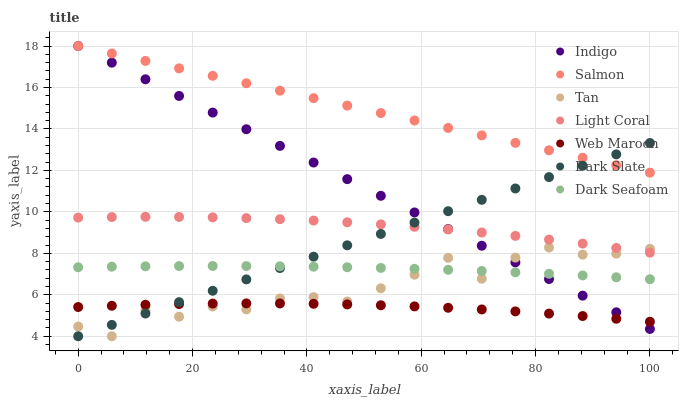
| xaxis_label | Indigo | Salmon | Tan | Light Coral | Web Maroon | Dark Slate | Dark Seafoam |
 | --- | --- | --- | --- | --- | --- | --- | --- |
 | 0 | 18 | 18 | 4.47 | 9.72 | 5.41 | 4 | 7.33 |
 | 5.88 | 17.2 | 17.6 | 4 | 9.75 | 5.47 | 4.55 | 7.36 |
 | 11.8 | 16.4 | 17.3 | 5.27 | 9.76 | 5.52 | 5.1 | 7.37 |
 | 17.6 | 15.6 | 16.9 | 4.94 | 9.76 | 5.55 | 5.65 | 7.39 |
 | 23.5 | 14.8 | 16.6 | 5.43 | 9.74 | 5.58 | 6.19 | 7.39 |
 | 29.4 | 14 | 16.2 | 5.3 | 9.7 | 5.59 | 6.74 | 7.39 |
 | 35.3 | 13.2 | 15.8 | 5.82 | 9.65 | 5.58 | 7.29 | 7.37 |
 | 41.2 | 12.4 | 15.5 | 5.89 | 9.58 | 5.57 | 7.84 | 7.36 |
 | 47.1 | 11.6 | 15.1 | 5.68 | 9.5 | 5.54 | 8.39 | 7.33 |
 | 52.9 | 10.8 | 14.8 | 6.31 | 9.4 | 5.49 | 8.94 | 7.3 |
 | 58.8 | 9.97 | 14.4 | 6.97 | 9.28 | 5.44 | 9.48 | 7.25 |
 | 64.7 | 9.17 | 14 | 7.78 | 9.15 | 5.37 | 10 | 7.2 |
 | 70.6 | 8.37 | 13.7 | 6.77 | 9 | 5.29 | 10.6 | 7.15 |
 | 76.5 | 7.56 | 13.3 | 7.79 | 8.84 | 5.2 | 11.1 | 7.08 |
 | 82.4 | 6.76 | 13 | 8.28 | 8.66 | 5.09 | 11.7 | 7.01 |
 | 88.2 | 5.96 | 12.6 | 7.94 | 8.47 | 4.97 | 12.2 | 6.93 |
 | 94.1 | 5.16 | 12.3 | 7.99 | 8.26 | 4.84 | 12.8 | 6.85 |
 | 100 | 4.35 | 11.9 | 8.22 | 8.03 | 4.7 | 13.3 | 6.75 |